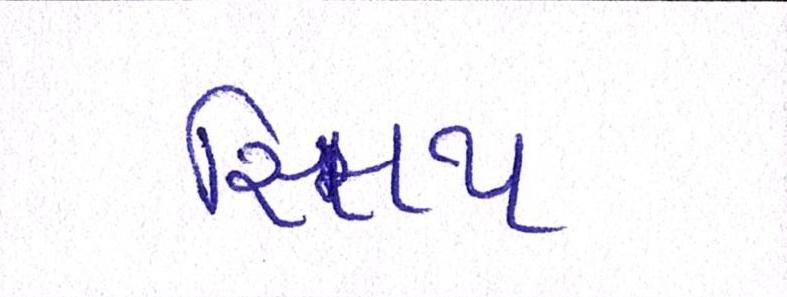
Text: સ્મિથ